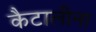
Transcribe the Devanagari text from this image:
कैटालीना